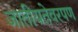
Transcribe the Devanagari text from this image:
जातीयतेवरपण